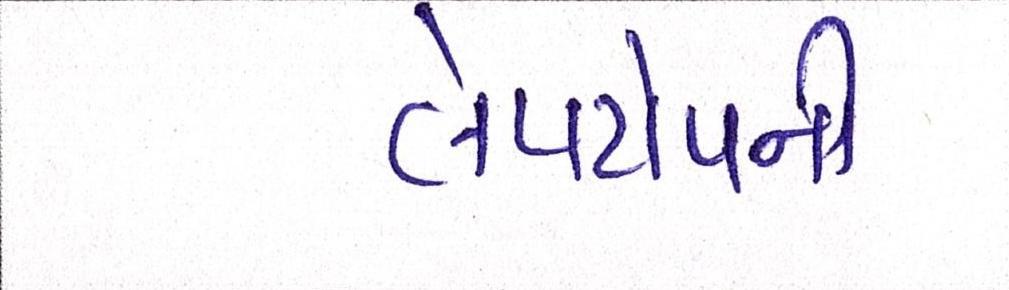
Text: લેપટોપની